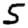
Digit: 5